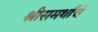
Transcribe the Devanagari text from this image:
श्रीसमर्थांचे